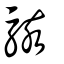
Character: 駭